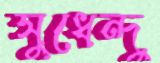
সুধেন্দু